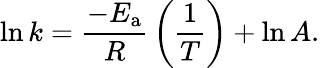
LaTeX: \ln k={\frac{-E_{\mathrm{{a}}}}{R}}\left({\frac{1}{T}}\right)+\ln A.